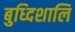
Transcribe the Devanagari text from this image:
बुध्दिशालि